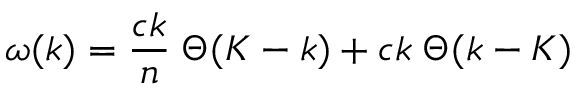
\omega ( k ) = { \frac { c k } { n } } \; \Theta ( K - k ) + c k \; \Theta ( k - K )